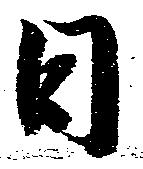
日